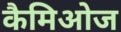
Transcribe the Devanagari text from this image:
कैमिओज